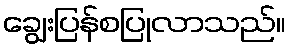
ချွေးပြန်စပြုလာသည်။